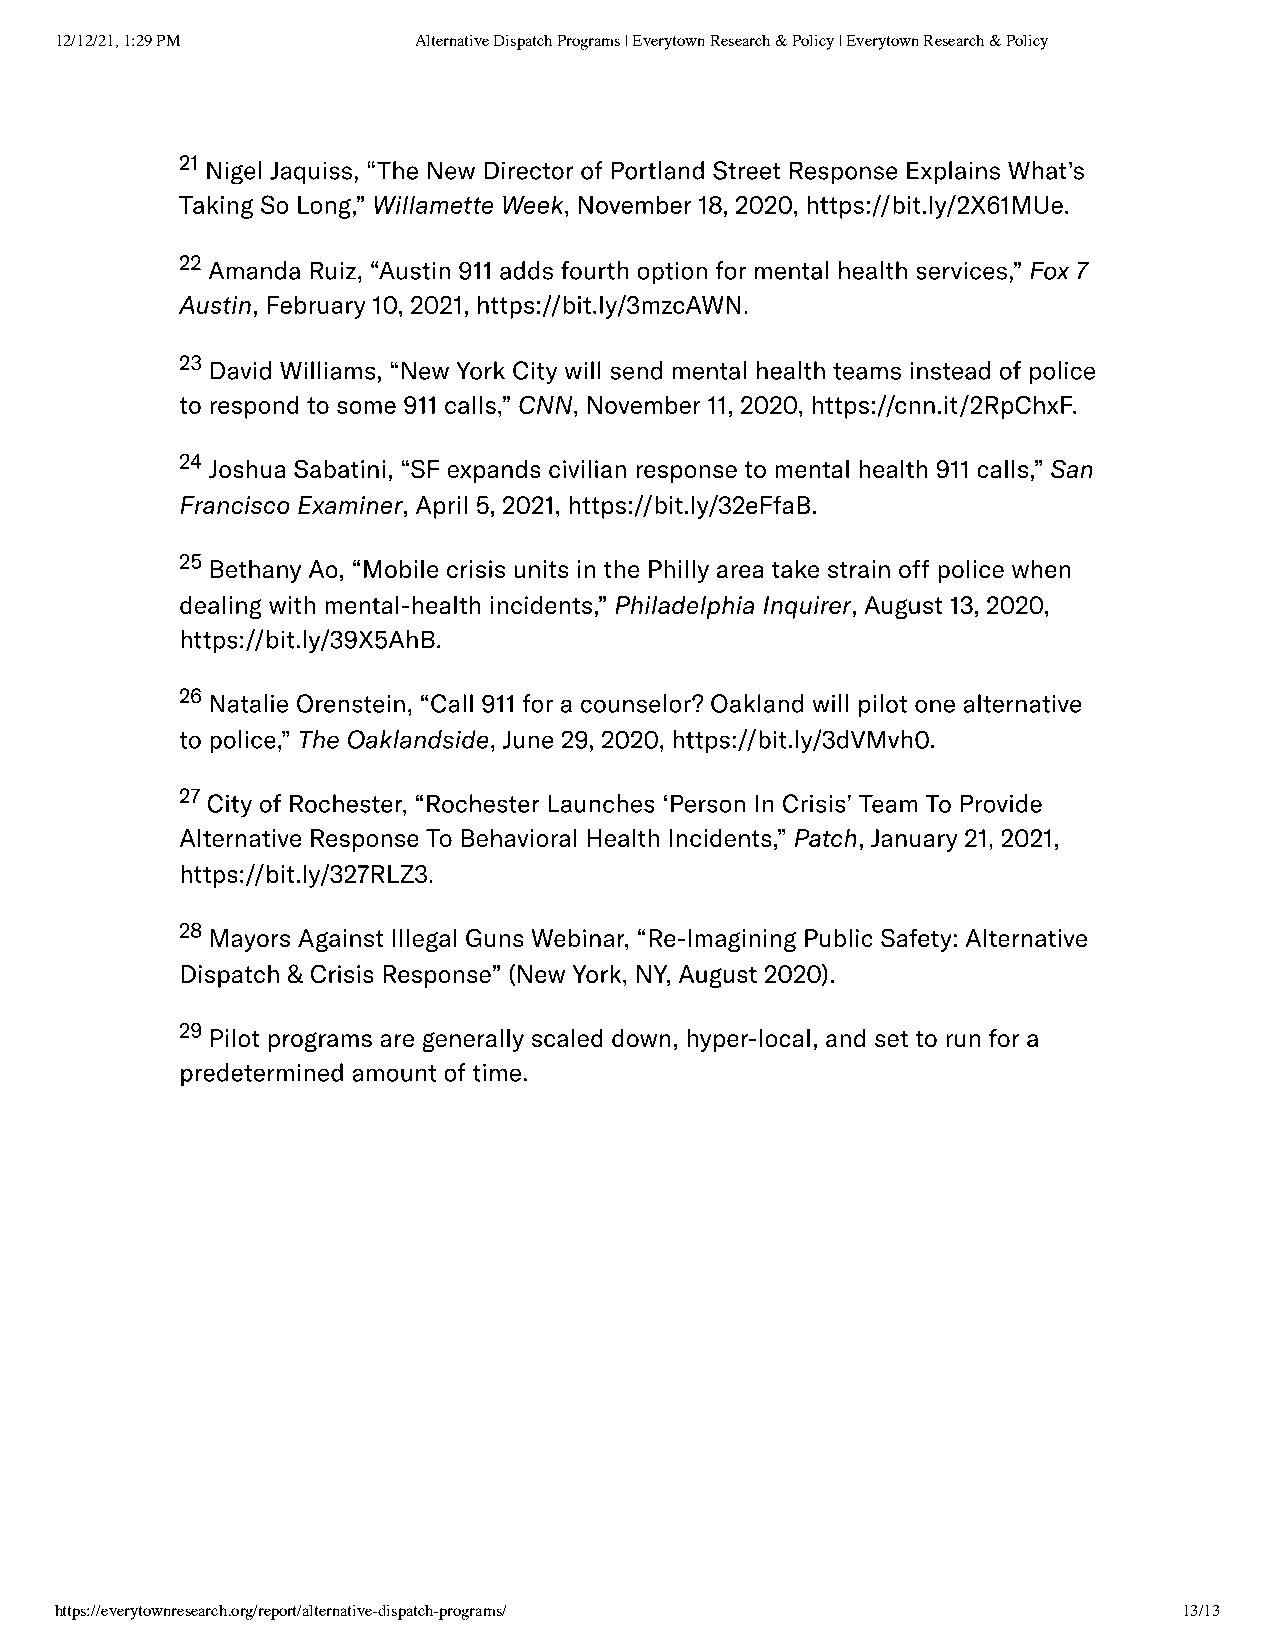
12/12/21, 1:29 PM      Alternative Dispatch Programs | Everytown Research & Policy | Everytown Research & Policy
 21Nigel Jaquiss, “The New Director of Portland Street Response Explains What’s
 Taking So Long,” Willamette Week, November 18, 2020, https://bit.ly/2X61MUe.
 22Amanda Ruiz, “Austin 911 adds fourth option for mental health services,” Fox 7
 Austin, February 10, 2021, https://bit.ly/3mzcAWN.
 23David Williams, “New York City will send mental health teams instead of police
 to respond to some 911 calls,” CNN, November 11, 2020, https://cnn.it/2RpChxF.
 24Joshua Sabatini, “SF expands civilian response to mental health 911 calls,” San
 Francisco Examiner, April 5, 2021, https://bit.ly/32eFfaB.
 25Bethany Ao, “Mobile crisis units in the Philly area take strain off police when
 dealing with mental-health incidents,” Philadelphia Inquirer, August 13, 2020,
 https://bit.ly/39X5AhB.
 26Natalie Orenstein, “Call 911 for a counselor? Oakland will pilot one alternative
 to police,” The Oaklandside, June 29, 2020, https://bit.ly/3dVMvh0.
 27City of Rochester, “Rochester Launches ‘Person In Crisis’ Team To Provide
 Alternative Response To Behavioral Health Incidents,” Patch, January 21, 2021,
 https://bit.ly/327RLZ3.
 28Mayors Against Illegal Guns Webinar, “Re-Imagining Public Safety: Alternative
 Dispatch & Crisis Response” (New York, NY, August 2020).
 29Pilot programs are generally scaled down, hyper-local, and set to run for a
 predetermined amount of time.
 https://everytownresearch.org/report/alternative-dispatch-programs/       13/13